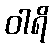
ဝါရိ